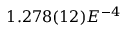
1 . 2 7 8 ( 1 2 ) E ^ { - 4 }